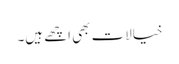
خیالات بھی اچھے ہیں۔